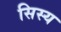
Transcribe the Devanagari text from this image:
सिस्य